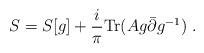
LaTeX: \begin{align*}S = S[g] + \frac{i}{\pi}{\rm Tr}(A g{\bar\partial } g^{-1}) \; .\end{align*}